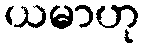
ယမာဟု